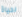
لحياة